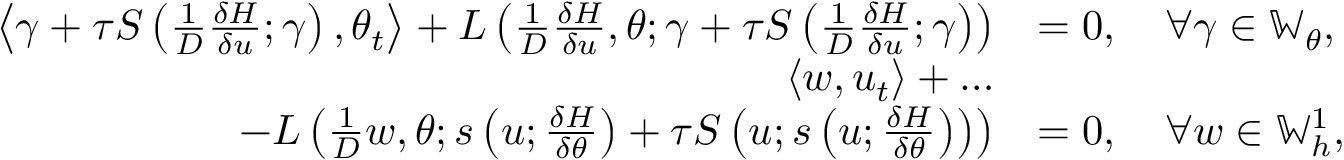
\begin{array} { r l } { \left\langle \gamma + \tau S \left( \frac { 1 } { D } \frac { \delta H } { \delta u } ; \gamma \right) , \theta _ { t } \right\rangle + L \left( \frac { 1 } { D } \frac { \delta H } { \delta u } , \theta ; \gamma + \tau S \left( \frac { 1 } { D } \frac { \delta H } { \delta u } ; \gamma \right) \right) } & { = 0 , \quad \forall \gamma \in \mathbb { W } _ { \theta } , } \\ { \left\langle w , u _ { t } \right\rangle + \ldots } & { } \\ { \qquad - L \left( \frac { 1 } { D } w , \theta ; s \left( u ; \frac { \delta H } { \delta \theta } \right) + \tau S \left( u ; s \left( u ; \frac { \delta H } { \delta \theta } \right) \right) \right) } & { = 0 , \quad \forall w \in \mathbb { W } _ { h } ^ { 1 } , } \end{array}